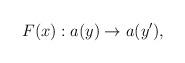
LaTeX: \begin{align*} F(x): a(y) \to a(y') ,\end{align*}